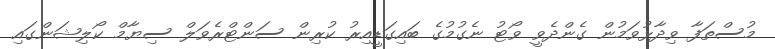
މުސްތަފާ ވިދާޅުވަމުން ގެންދެވީ ވޯޓު ނެގުމުގެ ބައިގަޑީއިރު ކުރިން ސަންޓްރެވަލް ސިޔާމް ކޯލިޝަންގައި